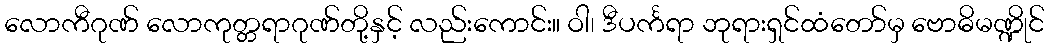
လောကီဂုဏ် လောကုတ္တရာဂုဏ်တို့နှင့် လည်းကောင်း။ ဝါ၊ ဒီပင်္ကရာ ဘုရားရှင်ထံတော်မှ ဗောဓိမဏ္ဍိုင်